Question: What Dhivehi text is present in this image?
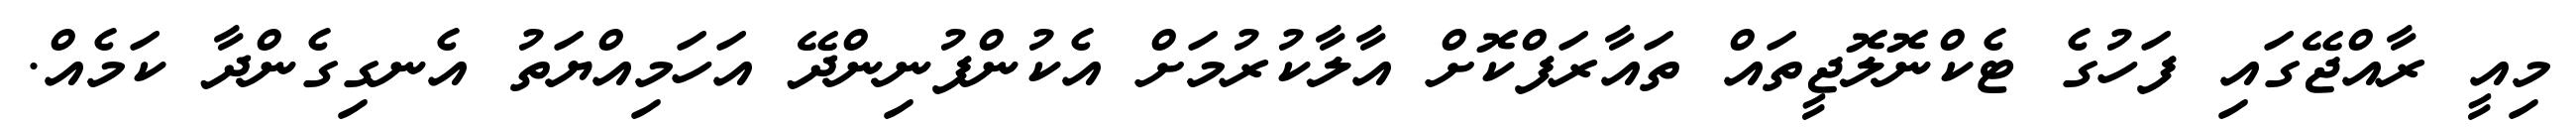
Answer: މިއީ ރާއްޖޭގައި ފަހުގެ ޓެކްނޮލޮޖީތައް ތައާރަފްކޮށް އާލާކުރުމަށް އެކުންފުނިންދޭ އަހަމިއްޔަތު އެނގިގެންދާ ކަމެއް.